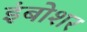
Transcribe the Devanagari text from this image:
इंबोशर